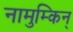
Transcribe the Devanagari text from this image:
नामुम्किन्